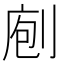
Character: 𠝇